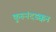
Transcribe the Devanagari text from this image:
कुरुनंदडक्कन